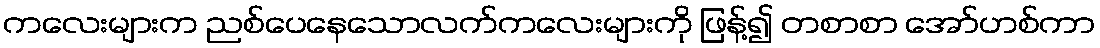
ကလေးများက ညစ်ပေနေသောလက်ကလေးများကို ဖြန့်၍ တစာစာ အော်ဟစ်ကာ